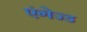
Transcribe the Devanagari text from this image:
एंगेज्ड